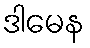
ဒါမေန